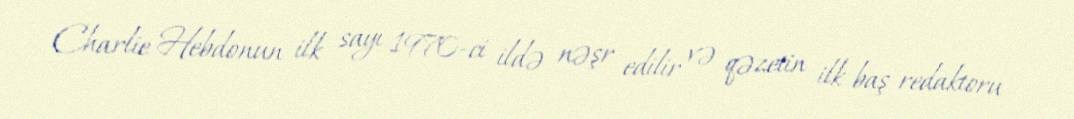
Charlie Hebdonun ilk sayı 1970-ci ildə nəşr edilir və qəzetin ilk baş redaktoru